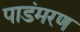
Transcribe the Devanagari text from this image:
पाडंमरण